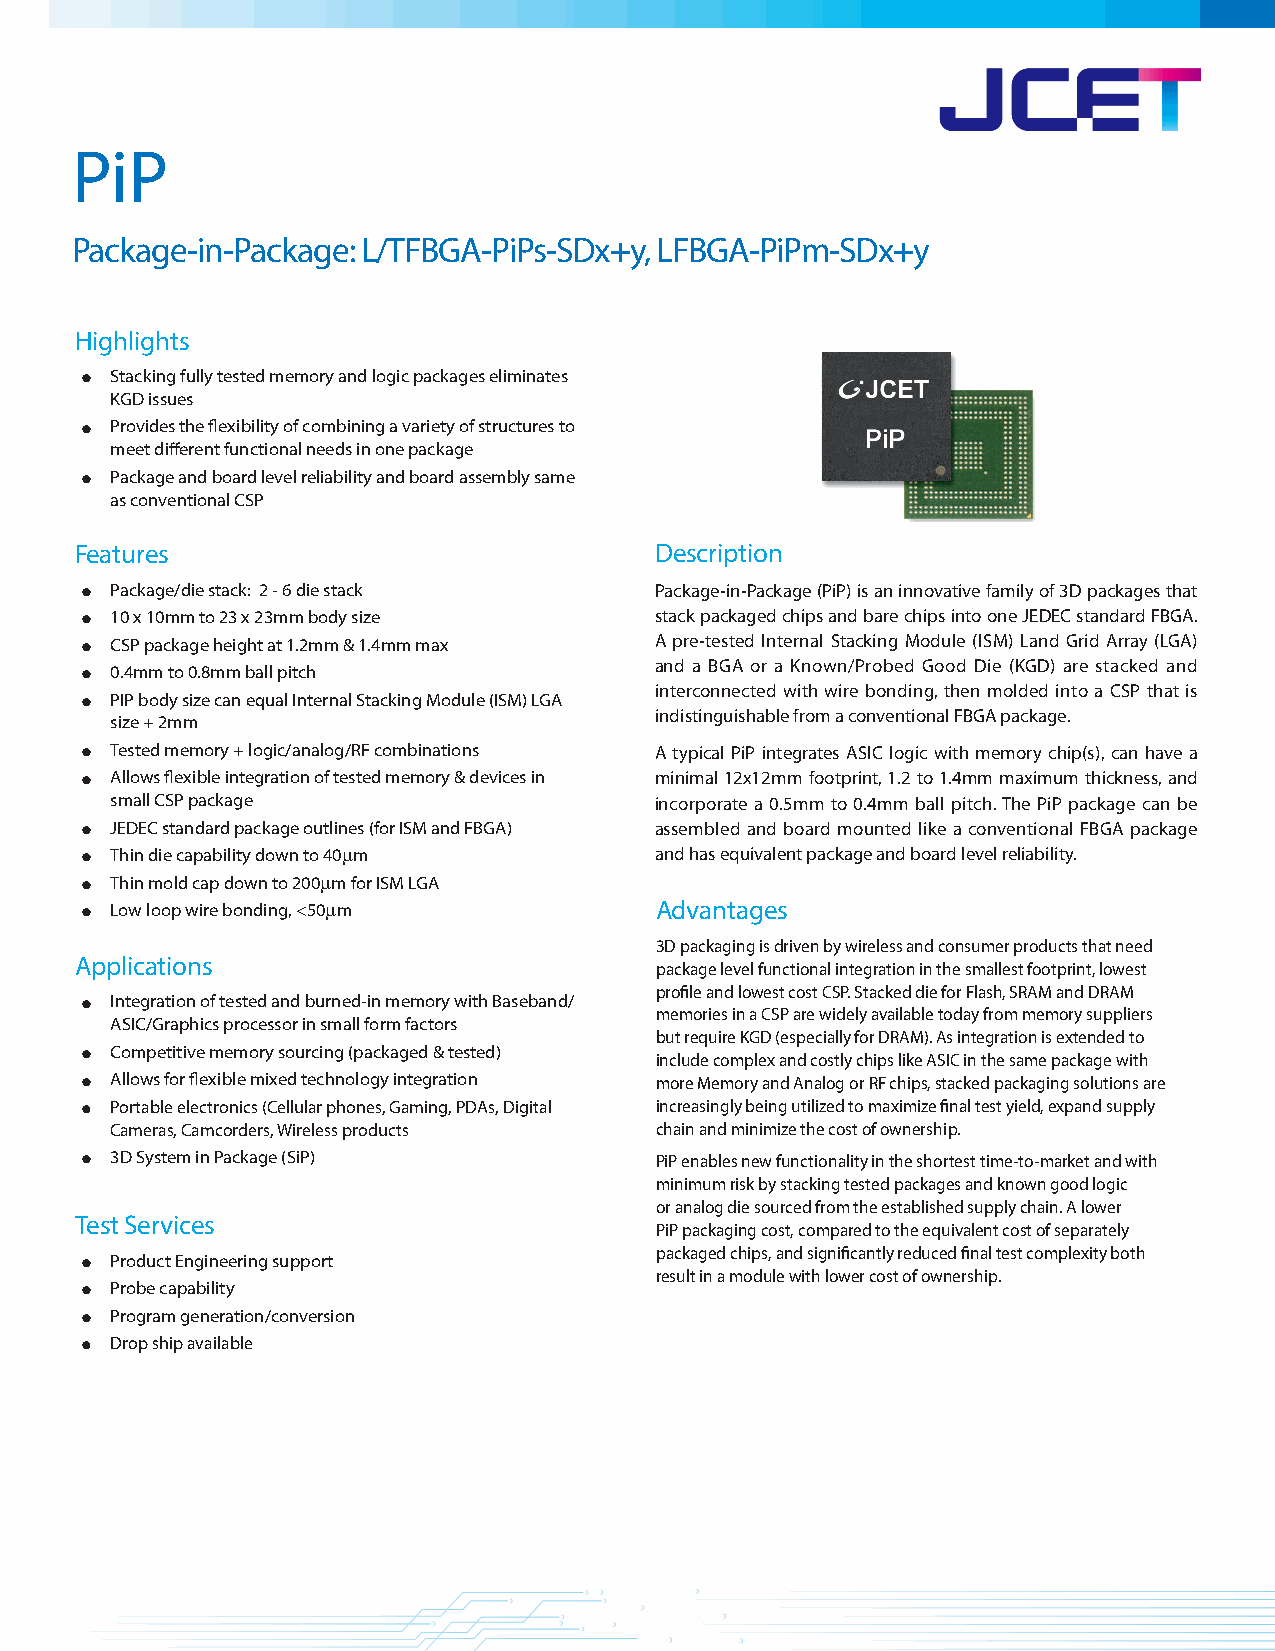
PiP
 Package-in-Package: L/TFBGA-PiPs-SDx+y, LFBGA-PiPm-SDx+y
 Highlights
 •
 Stacking fully tested memory and logic packages eliminates
 KGD issues
 •
 Provides the flexibility of combining a variety of structures to
 meet different functional needs in one package
 •
 Package and board level reliability and board assembly same
 as conventional CSP
 Features                              Description
 •
 Package/die stack: 2 - 6 die stack  Package-in-Package (PiP) is an innovative family of 3D packages that
 •
 10 x 10mm to 23 x 23mm body size    stack packaged chips and bare chips into one JEDEC standard FBGA.
 • CSP package height at 1.2mm & 1.4mm max A pre-tested Internal Stacking Module (ISM) Land Grid Array (LGA)
 •                                     and a BGA or a Known/Probed Good Die (KGD) are stacked and
 0.4mm to 0.8mm ball pitch
 •                                     interconnected with wire bonding, then molded into a CSP that is
 PIP body size can equal Internal Stacking Module (ISM) LGA
 indistinguishable from a conventional FBGA package.
 size + 2mm
 •
 Tested memory + logic/analog/RF combinations A typical PiP integrates ASIC logic with memory chip(s), can have a
 •
 Allows flexible integration of tested memory & devices in minimal 12x12mm footprint, 1.2 to 1.4mm maximum thickness, and
 small CSP package                   incorporate a 0.5mm to 0.4mm ball pitch. The PiP package can be
 •
 JEDEC standard package outlines (for ISM and FBGA) assembled and board mounted like a conventional FBGA package
 •
 Thin die capability down to 40µm    and has equivalent package and board level reliability.
 •
 Thin mold cap down to 200µm for ISM LGA
 • Low loop wire bonding, <50µm        Advantages
 3D packaging is driven by wireless and consumer products that need
 Applications
 package level functional integration in the smallest footprint, lowest
 •                                     profile and lowest cost CSP. Stacked die for Flash, SRAM and DRAM
 Integration of tested and burned-in memory with Baseband/
 memories in a CSP are widely available today from memory suppliers
 ASIC/Graphics processor in small form factors
 •                                     but require KGD (especially for DRAM). As integration is extended to
 Competitive memory sourcing (packaged & tested)
 include complex and costly chips like ASIC in the same package with
 •
 Allows for flexible mixed technology integration more Memory and Analog or RF chips, stacked packaging solutions are
 •
 Portable electronics (Cellular phones, Gaming, PDAs, Digital increasingly being utilized to maximize final test yield, expand supply
 Cameras, Camcorders, Wireless products chain and minimize the cost of ownership.
 •
 3D System in Package (SiP)          PiP enables new functionality in the shortest time-to-market and with
 minimum risk by stacking tested packages and known good logic
 or analog die sourced from the established supply chain. A lower
 Test Services
 PiP packaging cost, compared to the equivalent cost of separately
 •                                     packaged chips, and significantly reduced final test complexity both
 Product Engineering support
 •                                     result in a module with lower cost of ownership.
 Probe capability
 •
 Program generation/conversion
 •
 Drop ship available